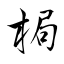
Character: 梮